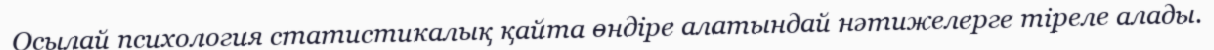
Осылай психология статистикалық қайта өндіре алатындай нәтижелерге тіреле алады.